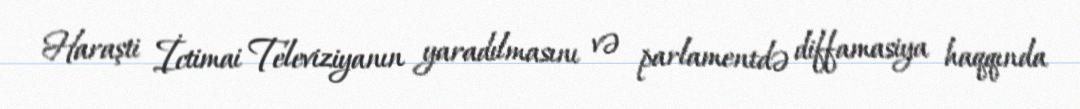
Haraşti İctimai Televiziyanın yaradılmasını və parlamentdə diffamasiya haqqında